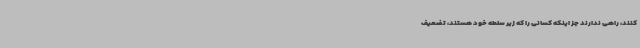
کنند، راهی ندارند جز اینکه کسانی را که زیر سلطه خود هستند، تضعیف